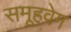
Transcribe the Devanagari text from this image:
समूहवेग